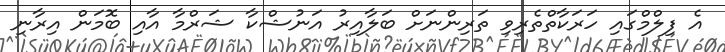
އެ ފިލްމްގައި ހަރަކާތްތެރިވި ތަރިންނަށް ބަލާއިރު އަނުޝްކާ ޝަރްމާ އާއި ބޮމަން އިރާނި